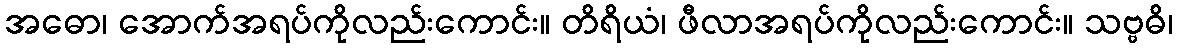
အဓော၊ အောက်အရပ်ကိုလည်းကောင်း။ တိရိယံ၊ ဖီလာအရပ်ကိုလည်းကောင်း။ သဗ္ဗဓိ၊